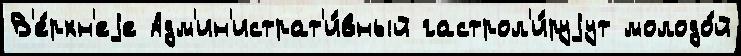
В'е́рхн'еjе Адм'ин'истрат'и́вный гастрол'и́руjут молодо́й